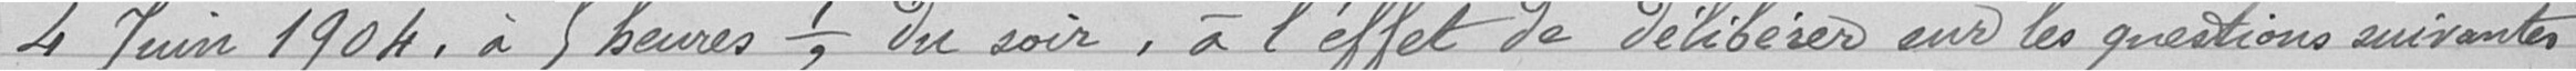
4 juin 1904, à 5 heures et demi du soir, à l'effet de délibérer  sur les questions suivantes: